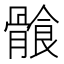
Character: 𩩶